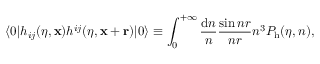
\langle 0 \vert h _ { i j } ( \eta , { \bf x } ) h ^ { i j } ( \eta , { \bf x } + { \bf r } ) \vert 0 \rangle \equiv \int _ { 0 } ^ { + \infty } \frac { \mathrm { d } n } { n } \frac { \sin n r } { n r } n ^ { 3 } P _ { \mathrm { h } } ( \eta , n ) ,